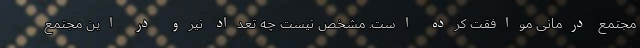
مجتمع درمانی موافقت کرده است. مشخص نیست چه تعداد نیرو در این مجتمع